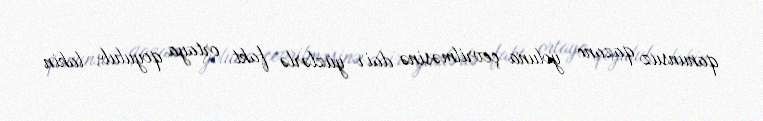
qanunsuz qazanc yoluna çevrilməsinə dair yüzlərlə fakt ortaya qoyulub, lakin